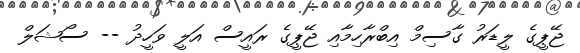
ޖޭޕީގެ ލީޑަރު ގާސިމް އިބްރާހިމާއި ޖޭޕީގެ ރައީސް އަލީ ވަހީދު -- ސޯޝަލް